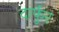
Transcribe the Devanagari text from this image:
दार्फुर